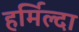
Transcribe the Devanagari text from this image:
हर्मिल्दा